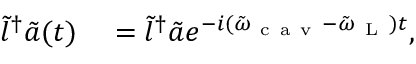
\begin{array} { r l } { \tilde { l } ^ { \dagger } \tilde { a } ( t ) } & { { } = \tilde { l } ^ { \dagger } \tilde { a } e ^ { - i ( \tilde { \omega } _ { \mathrm { ~ c ~ a ~ v ~ } } - \tilde { \omega } _ { \mathrm { ~ L ~ } } ) t } , } \end{array}